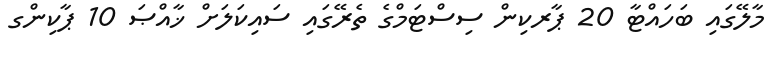
މާލޭގައި ބަހައްޓާ 20 ޕާރކިން ސިސްޓަމްގެ ތެރޭގައި ސައިކަލަށް ޚާއްޞަ 10 ޕާކިންގ